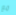
مع